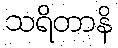
သရိတာနိ